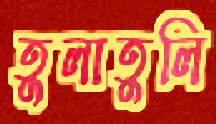
তুলাতুলি